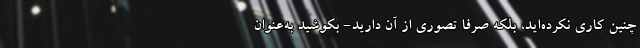
چنین کاری نکرده‌اید، بلکه صرفاً تصوری از آن‌ دارید- بکوشید به‌عنوان